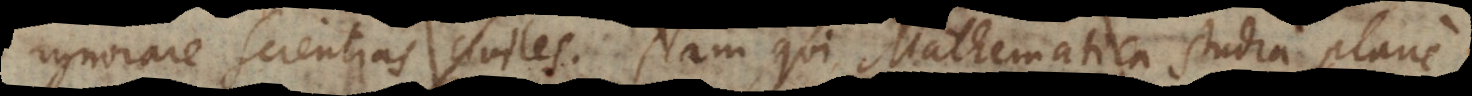
ignorare scientias civiles. Nam qui Mathematica studia plane